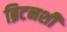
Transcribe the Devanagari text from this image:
ब्रिटनशी